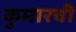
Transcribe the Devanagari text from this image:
कुमारची